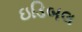
ઇડિબલ